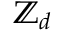
\mathbb { Z } _ { d }